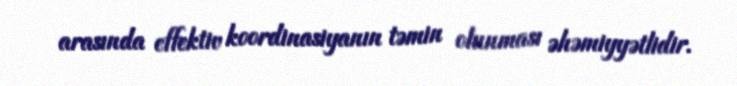
arasında effektiv koordinasiyanın təmin olunması əhəmiyyətlidir.